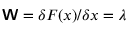
\boldsymbol { \mathsf { W } } = \delta F ( \boldsymbol { x } ) / \delta \boldsymbol { x } = \lambda